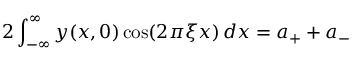
2 \int _ { - \infty } ^ { \infty } y ( x , 0 ) \cos ( 2 \pi \xi x ) \, d x = a _ { + } + a _ { - }